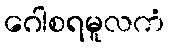
ဂေါစရမူလကံ